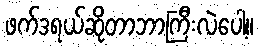
ဖက်ဒရယ်ဆိုတာဘာကြီးလဲပေါ့။